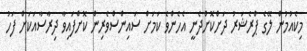
މިކެއުމުން ލޭގެ ޕްރެޝަރު ދަށްކޮށްދެނީ އެހެންވެ ކަމަށް ސައިންސްވެރިން ކޮށްފައިވާ ދިރާސާއަކަށް ފަހު